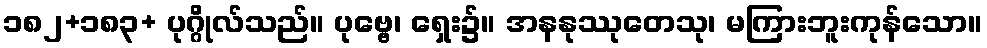
၁၈၂+၁၈၃+ ပုဂ္ဂိုလ်သည်။ ပုဗ္ဗေ၊ ရှေး၌။ အနနုဿုတေသု၊ မကြားဘူးကုန်သော။